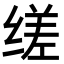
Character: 𬘷